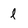
Character: l